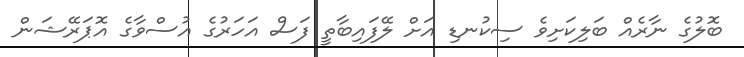
ބޮލުގެ ނާރެއް ބަލިކަށިވެ ސިކުނޑި އަށް ލޭފައިބާތީ ފަސް އަހަރުގެ އުސްވާގެ އޮޕަރޭޝަން